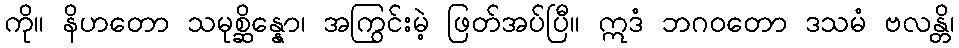
ကို။ နိဟတော သမုစ္ဆိန္နော၊ အကြွင်းမဲ့ ဖြတ်အပ်ပြီ။ ဣဒံ ဘဂဝတော ဒသမံ ဗလန္တိ၊